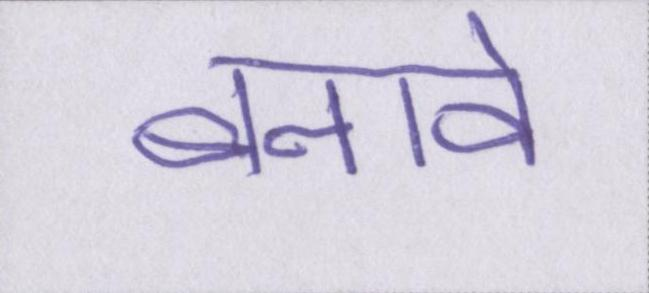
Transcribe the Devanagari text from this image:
बनावे